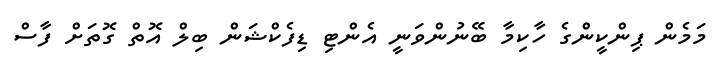
މަމެން ޕިންކީންގެ ހާކިމާ ބޭނުންވަނީ އެންޓި ޑިފެކްޝަން ބިލް އޮތް ގޮތަށް ފާސް